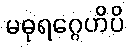
မဓုရဂ္ဂေဟိပိ